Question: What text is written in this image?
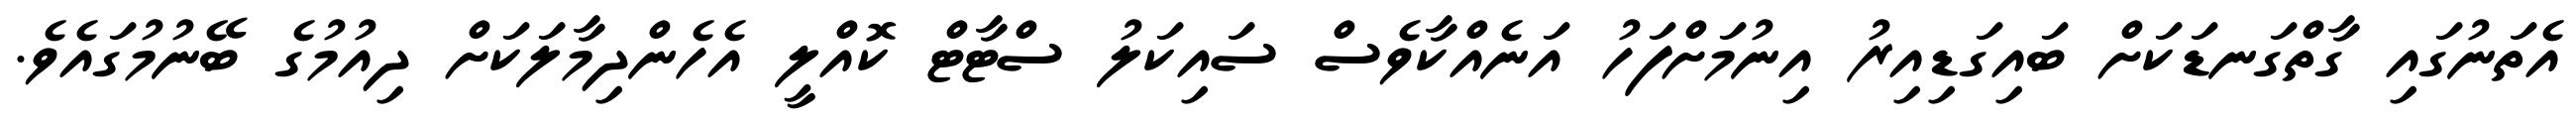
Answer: އެތަނުގައި ގާތްގަނޑަކަށް ބައިގަޑިއިރު އިނުމަށްފަހު އަނެއްކާވެސް ސައިކަލު ސްޓާޓް ކޮއްލީ އެހެންދިމާލަކަށް ދިއުމުގެ ބޭނުމުގައެވެ.